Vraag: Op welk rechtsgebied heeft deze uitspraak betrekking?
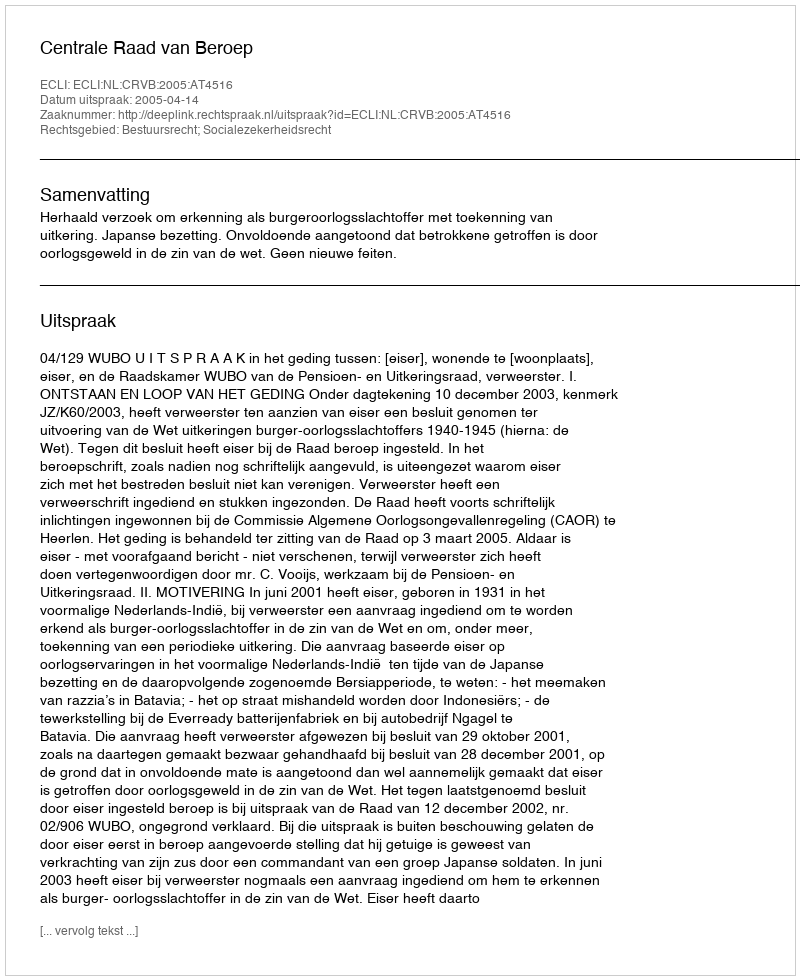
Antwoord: Bestuursrecht; Socialezekerheidsrecht